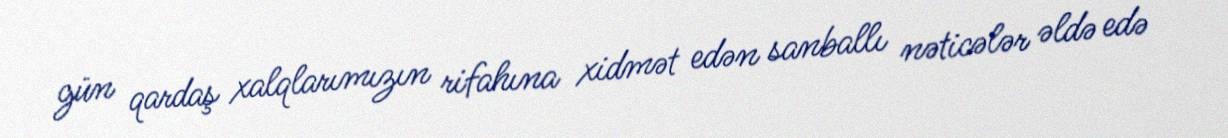
gün qardaş xalqlarımızın rifahına xidmət edən sanballı nəticələr əldə edə